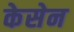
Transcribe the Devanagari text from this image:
केसेन